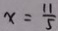
x = \frac { 1 1 } { 5 }